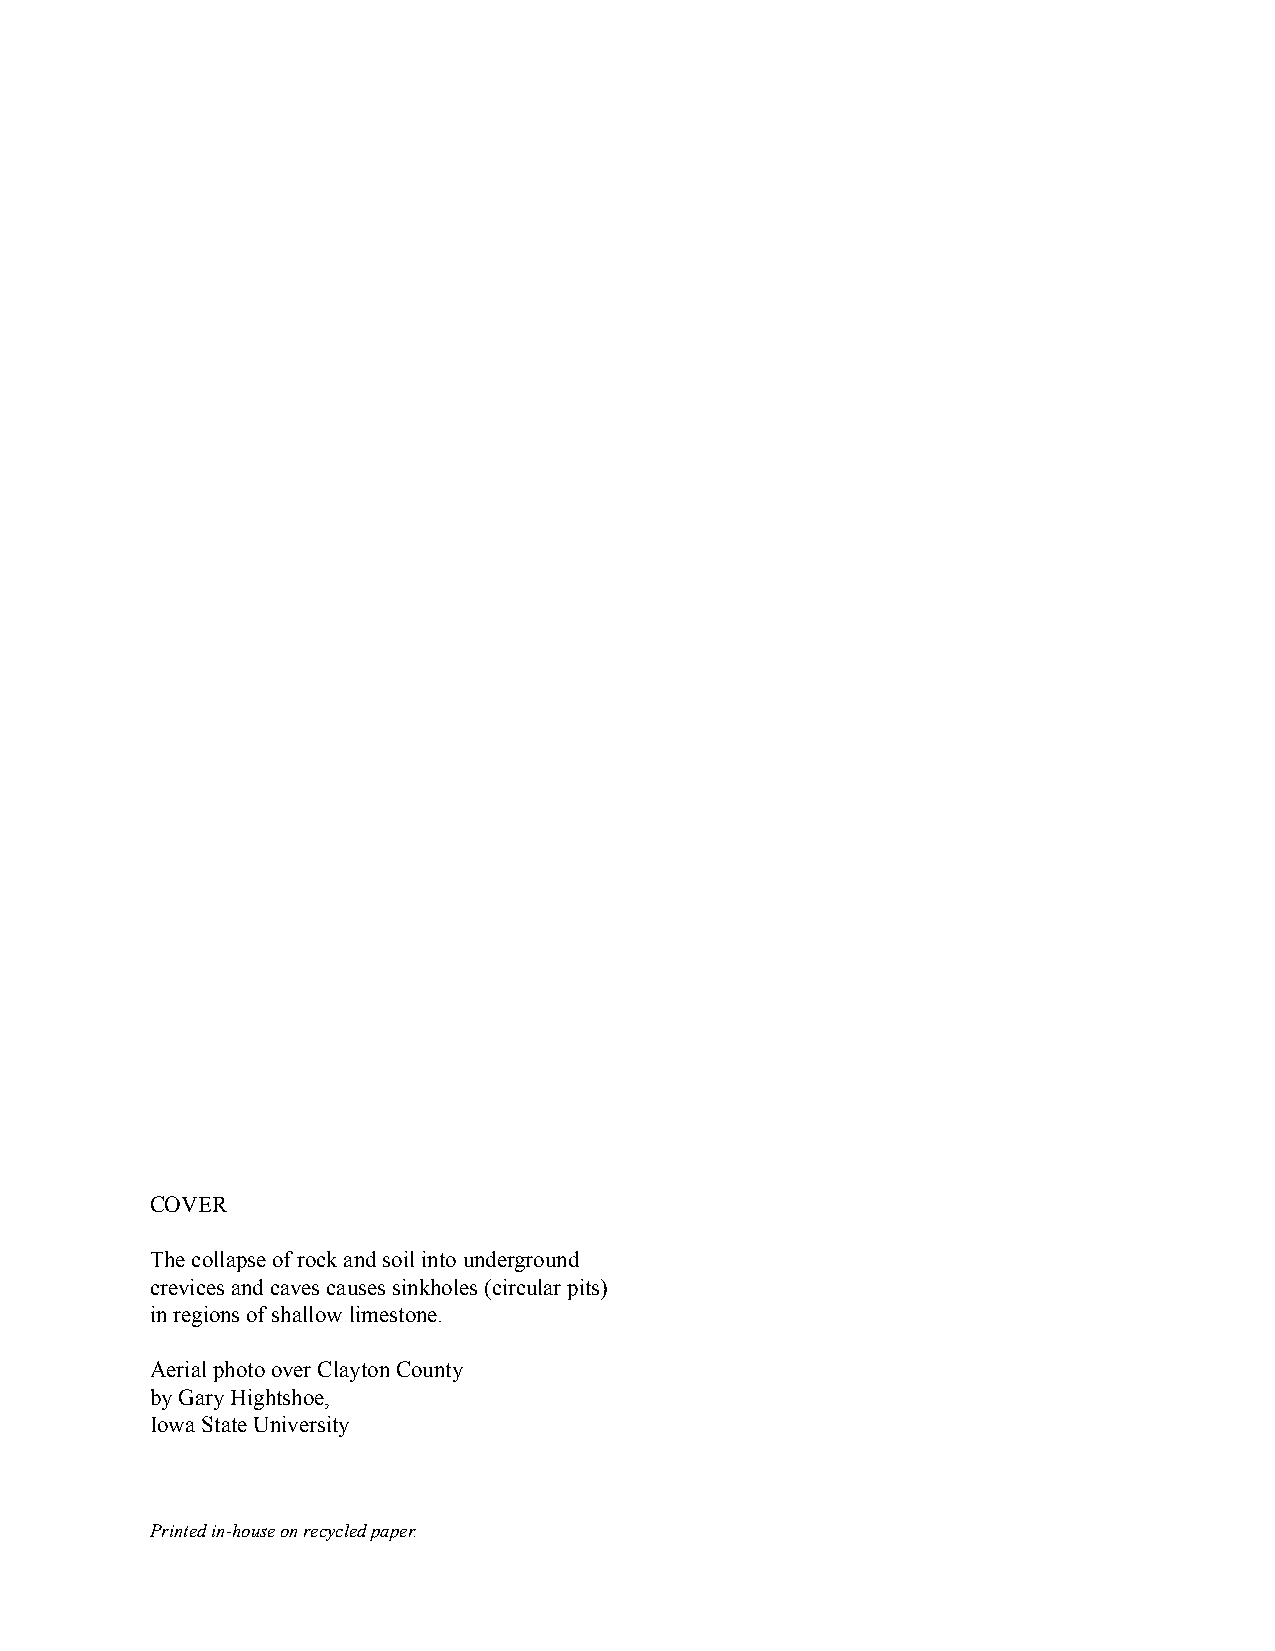
COVER
 The collapse of rock and soil into underground
 crevices and caves causes sinkholes (circular pits)
 in regions of shallow limestone.
 Aerial photo over Clayton County
 by Gary Hightshoe,
 Iowa State University
 Printed in-house on recycled paper.